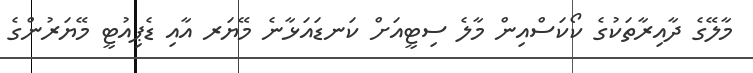
މާލޭގެ ދާއިރާތަކުގެ ކޯކަސްއިން މާލެ ސިޓީއަށް ކަނޑައަޅާނެ މޭޔަރ އާއި ޑެޕިއުޓީ މޭޔަރުންގެ